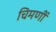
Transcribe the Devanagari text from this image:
चिमणीं